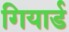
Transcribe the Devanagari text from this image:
गियार्ड